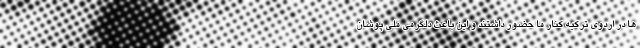
ها در اردوی ترکیه کنار ما حضور داشتند و این باعث دلگرمی ملی پوشان